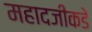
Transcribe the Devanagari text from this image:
महादजीकडे